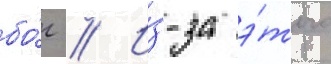
бо́г // И́з-за э́того